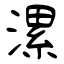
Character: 漯